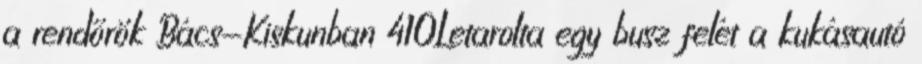
a rendőrök Bács-Kiskunban 410Letarolta egy busz felét a kukásautó